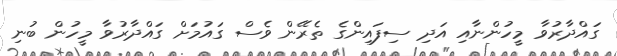
ގައްދާރުވާ މީހުންނާއި އަދި ސިފައިންގެ ތެރޭން ވެސް ގައުމަށް ގައްދާރުވާ މީހުން ބުނި